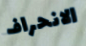
الانحراف